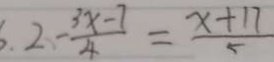
6 . 2 - \frac { 3 x - 7 } { 4 } = \frac { x + 1 7 } { 5 }